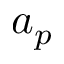
a _ { p }